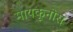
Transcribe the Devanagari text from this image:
मायकूनोस